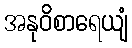
အနုဝိစာရေယျံ